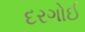
દરગોઈ